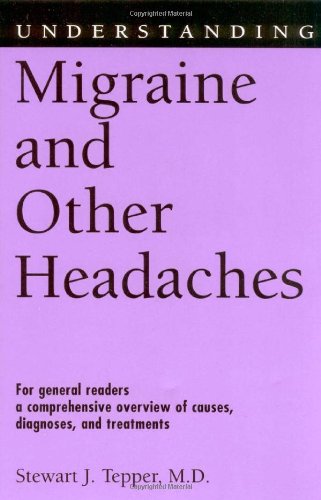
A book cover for Understanding Migraine and Other Headaches (Understanding Health and Sickness Series); M.D.  Stewart J. Tepper; Health, Fitness & Dieting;